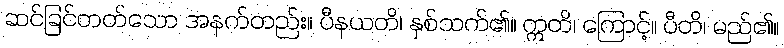
ဆင်ခြင်တတ်သော အနက်တည်း။ ပီနယတိ၊ နှစ်သက်၏။ ဣတိ၊ ကြောင့်။ ပီတိ၊ မည်၏။